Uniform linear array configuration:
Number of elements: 8
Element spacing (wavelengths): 0.75
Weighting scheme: uniform
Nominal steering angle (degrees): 60
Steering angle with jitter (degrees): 61.566
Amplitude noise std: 0.05
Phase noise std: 0.05

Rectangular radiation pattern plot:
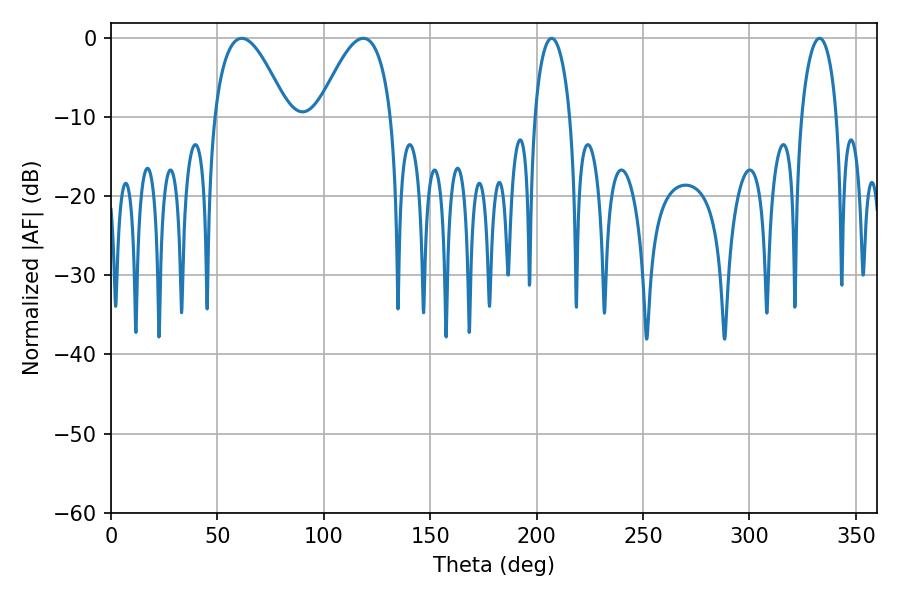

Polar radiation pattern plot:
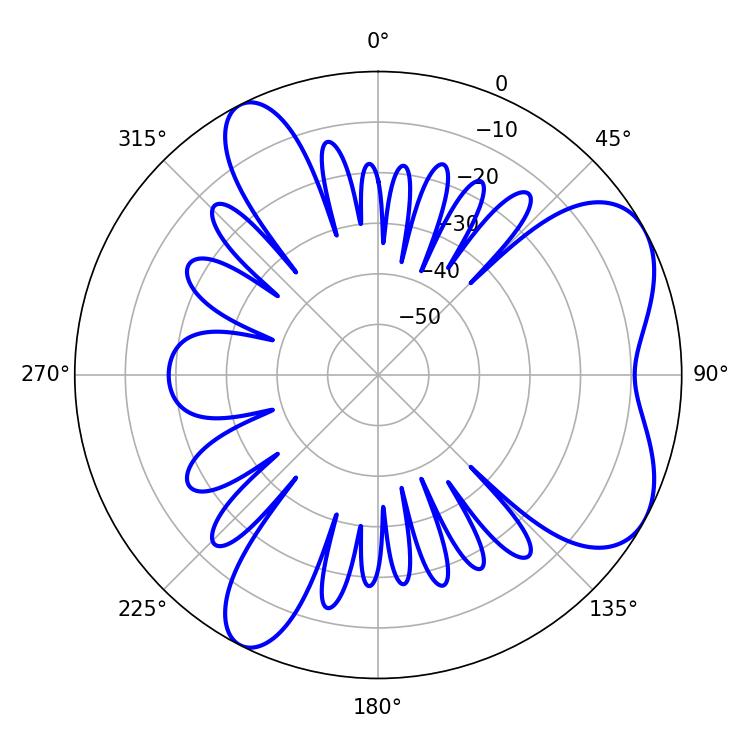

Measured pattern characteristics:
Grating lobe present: TRUE
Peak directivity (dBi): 6.182
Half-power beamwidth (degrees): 18.9
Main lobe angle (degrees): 61.38